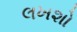
લખશો